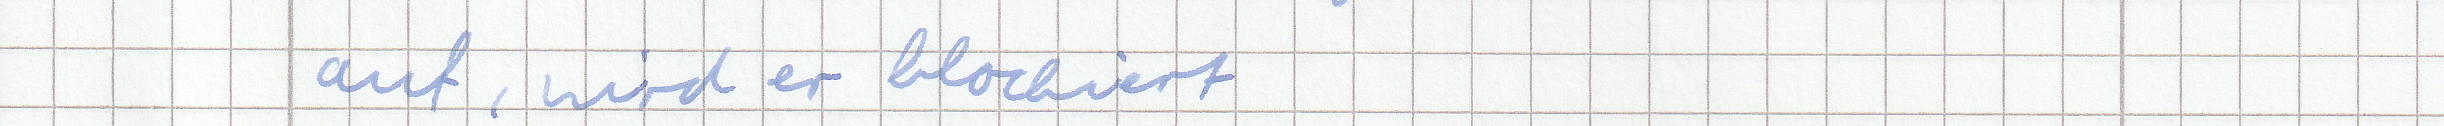
auf, wird er blockiert